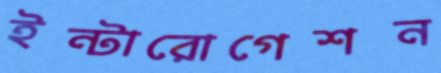
ইন্টারোগেশন